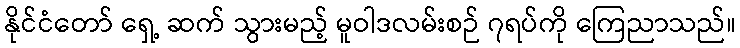
နိုင်ငံတော် ရှေ့ ဆက် သွားမည့် မူဝါဒလမ်းစဉ် ၇ရပ်ကို ကြေညာသည်။